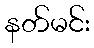
နတ်မင်း